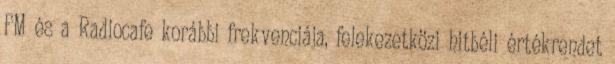
FM és a Radiocafe korábbi frekvenciája, felekezetközi hitbéli értékrendet